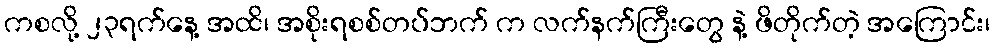
ကစလို့ ၂၃ရက်နေ့ အထိ၊ အစိုးရစစ်တပ်ဘက် က လက်နက်ကြီးတွေ နဲ့ ဖိတိုက်တဲ့ အကြောင်း၊